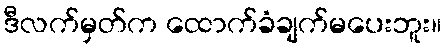
ဒီလက်မှတ်က ထောက်ခံချက်မပေးဘူး။